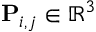
\mathbf { P } _ { i , j } \in \mathbb { R } ^ { 3 }